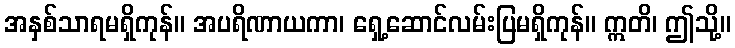
အနှစ်သာရမရှိကုန်။ အပရိဏာယကာ၊ ရှေ့ဆောင်လမ်းပြမရှိကုန်။ ဣတိ၊ ဤသို့။